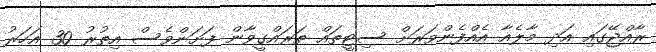
ރާއްޖޭގައި އަދި މާލެއާ އެއްފެންވަރަށް ސިޓީތައް ތަރައްގީވާން ފަށަންވެސް އިތުރު 30 އަހަރު